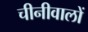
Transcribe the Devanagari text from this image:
चीनीवालों